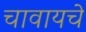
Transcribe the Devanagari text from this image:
चावायचे